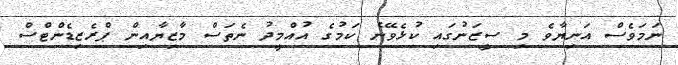
ނަމަވެސް އަނިޔާވެ މި ސީޒަނުގައި ކުޅެވޭނެ ކަމުގެ އުއްމީދު ނެތަސް މާޒިޔާއިން ޕްރެޒިޑެންޓްސް